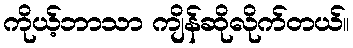
ကိုယ့်ဘာသာ ကျိန်ဆိုလိုက်တယ်။